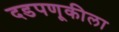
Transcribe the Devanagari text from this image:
दडपणूकीला